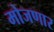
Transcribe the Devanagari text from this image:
मोजणार